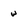
Character: w